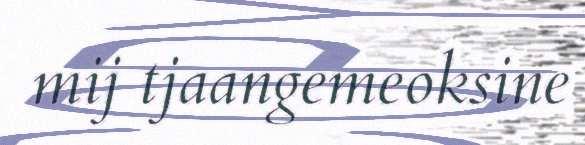
mij tjaangemeoksine